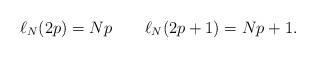
LaTeX: \begin{align*}\ell_N(2p) = Np\qquad\ell_N(2p+1) = Np+1.\end{align*}